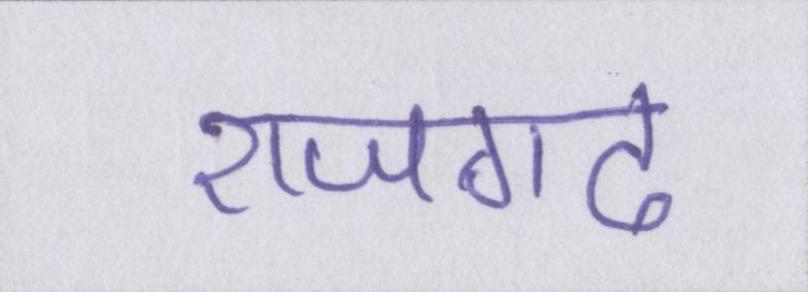
राजगढ